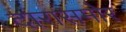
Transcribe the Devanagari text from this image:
दारासमोर